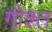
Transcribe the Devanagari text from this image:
ग़ोश्त